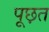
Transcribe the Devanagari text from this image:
पूछ़त